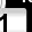
Digit: 1